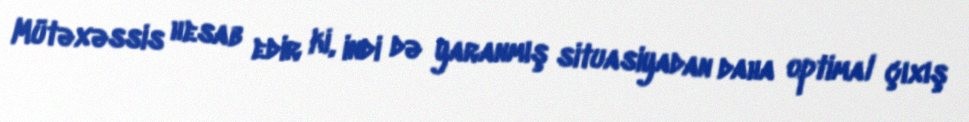
Mütəxəssis hesab edir ki, indi də yaranmış situasiyadan daha optimal çıxış